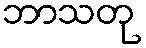
ဘာသတု